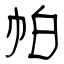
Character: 帕